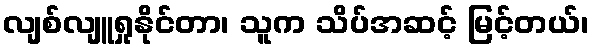
လျစ်လျူရှုနိုင်တာ၊ သူက သိပ်အဆင့် မြင့်တယ်၊